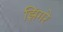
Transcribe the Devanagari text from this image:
झिंगरे